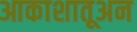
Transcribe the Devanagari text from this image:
आकाशातूअन